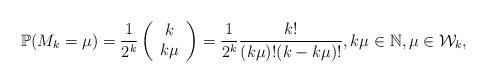
LaTeX: \begin{align*}\mathbb P(M_k=\mu)= \frac{1}{2^k} \left( \begin{array}{c}k \\k\mu\end{array} \right) = \frac{1}{2^k} \frac{k!}{(k\mu)! (k-k\mu)!}, k\mu \in \mathbb N, \mu \in \mathcal W_k,\end{align*}